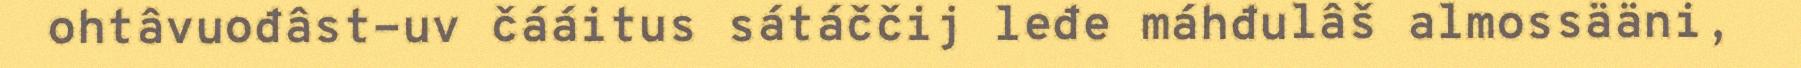
ohtâvuođâst-uv čááitus sátáččij leđe máhđulâš almossääni,